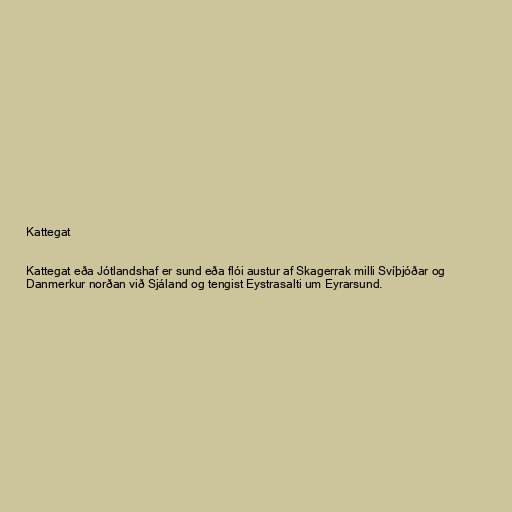
Kattegat

Kattegat eða Jótlandshaf er sund eða flói austur af Skagerrak milli Svíþjóðar og
Danmerkur norðan við Sjáland og tengist Eystrasalti um Eyrarsund.